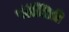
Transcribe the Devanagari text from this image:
पॉञ्जिडी